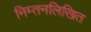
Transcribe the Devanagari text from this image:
निम्तनलिखित